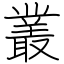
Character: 叢